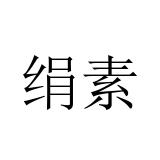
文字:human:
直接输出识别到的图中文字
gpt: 绢素